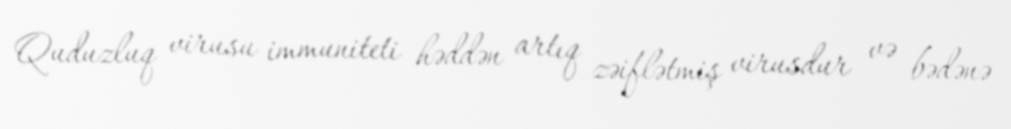
Quduzluq virusu immuniteti həddən artıq zəiflətmiş virusdur və bədənə